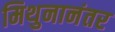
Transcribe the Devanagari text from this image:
मिथुनानंतर